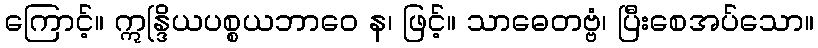
ကြောင့်။ ဣန္ဒြိယပစ္စယဘာဝေ န၊ ဖြင့်။ သာဓေတဗ္ဗံ၊ ပြီးစေအပ်သော။